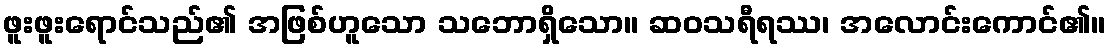
ဖူးဖူးရောင်သည်၏ အဖြစ်ဟူသော သဘောရှိသော။ ဆဝသရီရဿ၊ အလောင်းကောင်၏။